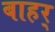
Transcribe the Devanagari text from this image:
बाहर्